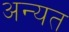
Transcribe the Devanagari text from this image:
अन्यत